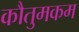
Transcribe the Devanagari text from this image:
कौतुमकम